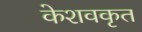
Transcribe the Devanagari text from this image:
केशवकृत